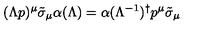
( \Lambda p ) ^ { \mu } \tilde { \sigma } _ { \mu } \alpha ( \Lambda ) = \alpha ( \Lambda ^ { - 1 } ) ^ { \dagger } p ^ { \mu } \tilde { \sigma } _ { \mu }